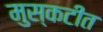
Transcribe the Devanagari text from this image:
मुस्कटीत